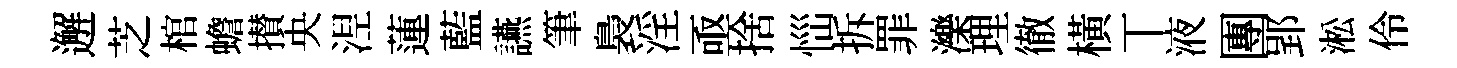
邂芝棺蟾攅央𣵀蓮藍讌筆裊淫亟捨𢙉拆罪濼理徹橫丅液團郢淞伶